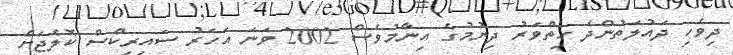
ދިވެހި ދައުލަތުންދެ ހިތްވަރު ދިނުމުގެ އިނާމުވެސް 2002 ވަނަ އަހަރު ސައިރިކްސް ކޮލެޖަށް